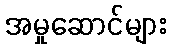
အမှုဆောင်များ